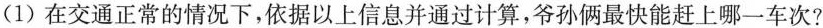
(1)在交通正常的情况下，依据以上信息并通过计算，爷孙俩最快能赶上哪一车次?